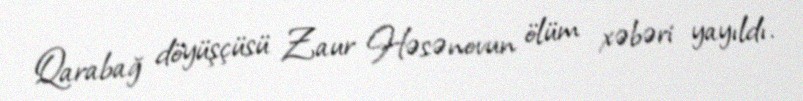
Qarabağ döyüşçüsü Zaur Həsənovun ölüm xəbəri yayıldı.